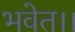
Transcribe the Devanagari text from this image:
भवेत।।